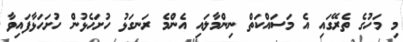
މި މަހުގެ ތެރޭގައި އެ މަސައްކަތް ނިންމާލައި އެންމެ ރަނގަޅު ހުށަހެޅުން ހުށަހަޅާފައިވާ